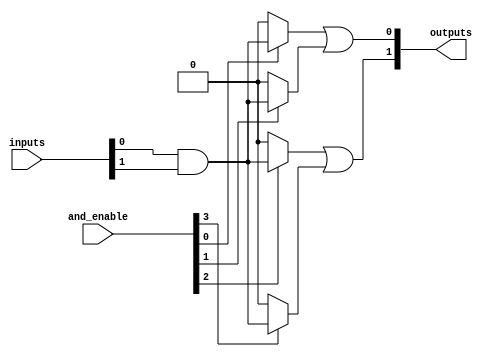
module jewel_pal #(
    parameter NUM_INPUTS = 8,  // Number of inputs
    parameter NUM_AND_GATES = 4, // Number of programmable AND gates
    parameter NUM_OUTPUTS = 2    // Number of fixed OR outputs
)(
    input wire [NUM_INPUTS-1:0] inputs, // Input signals
    input wire [NUM_AND_GATES-1:0] and_enable, // Enable signals for AND gates
    output wire [NUM_OUTPUTS-1:0] outputs // Output signals
);

// Declare the programmable AND gate outputs
wire [NUM_AND_GATES-1:0] and_outputs;

// Programmable AND array
genvar i, j;
generate
    for (i = 0; i < NUM_AND_GATES; i=i+1) begin : and_array
        // Each AND gate can combine a subset of inputs
        assign and_outputs[i] = and_enable[i] ? (inputs[0] & inputs[1]) : 1'b0; // Example logic
    end
endgenerate

// Fixed OR array
assign outputs[0] = and_outputs[0] | and_outputs[1]; // Output from first two AND gates
assign outputs[1] = and_outputs[2] | and_outputs[3]; // Output from last two AND gates

endmodule